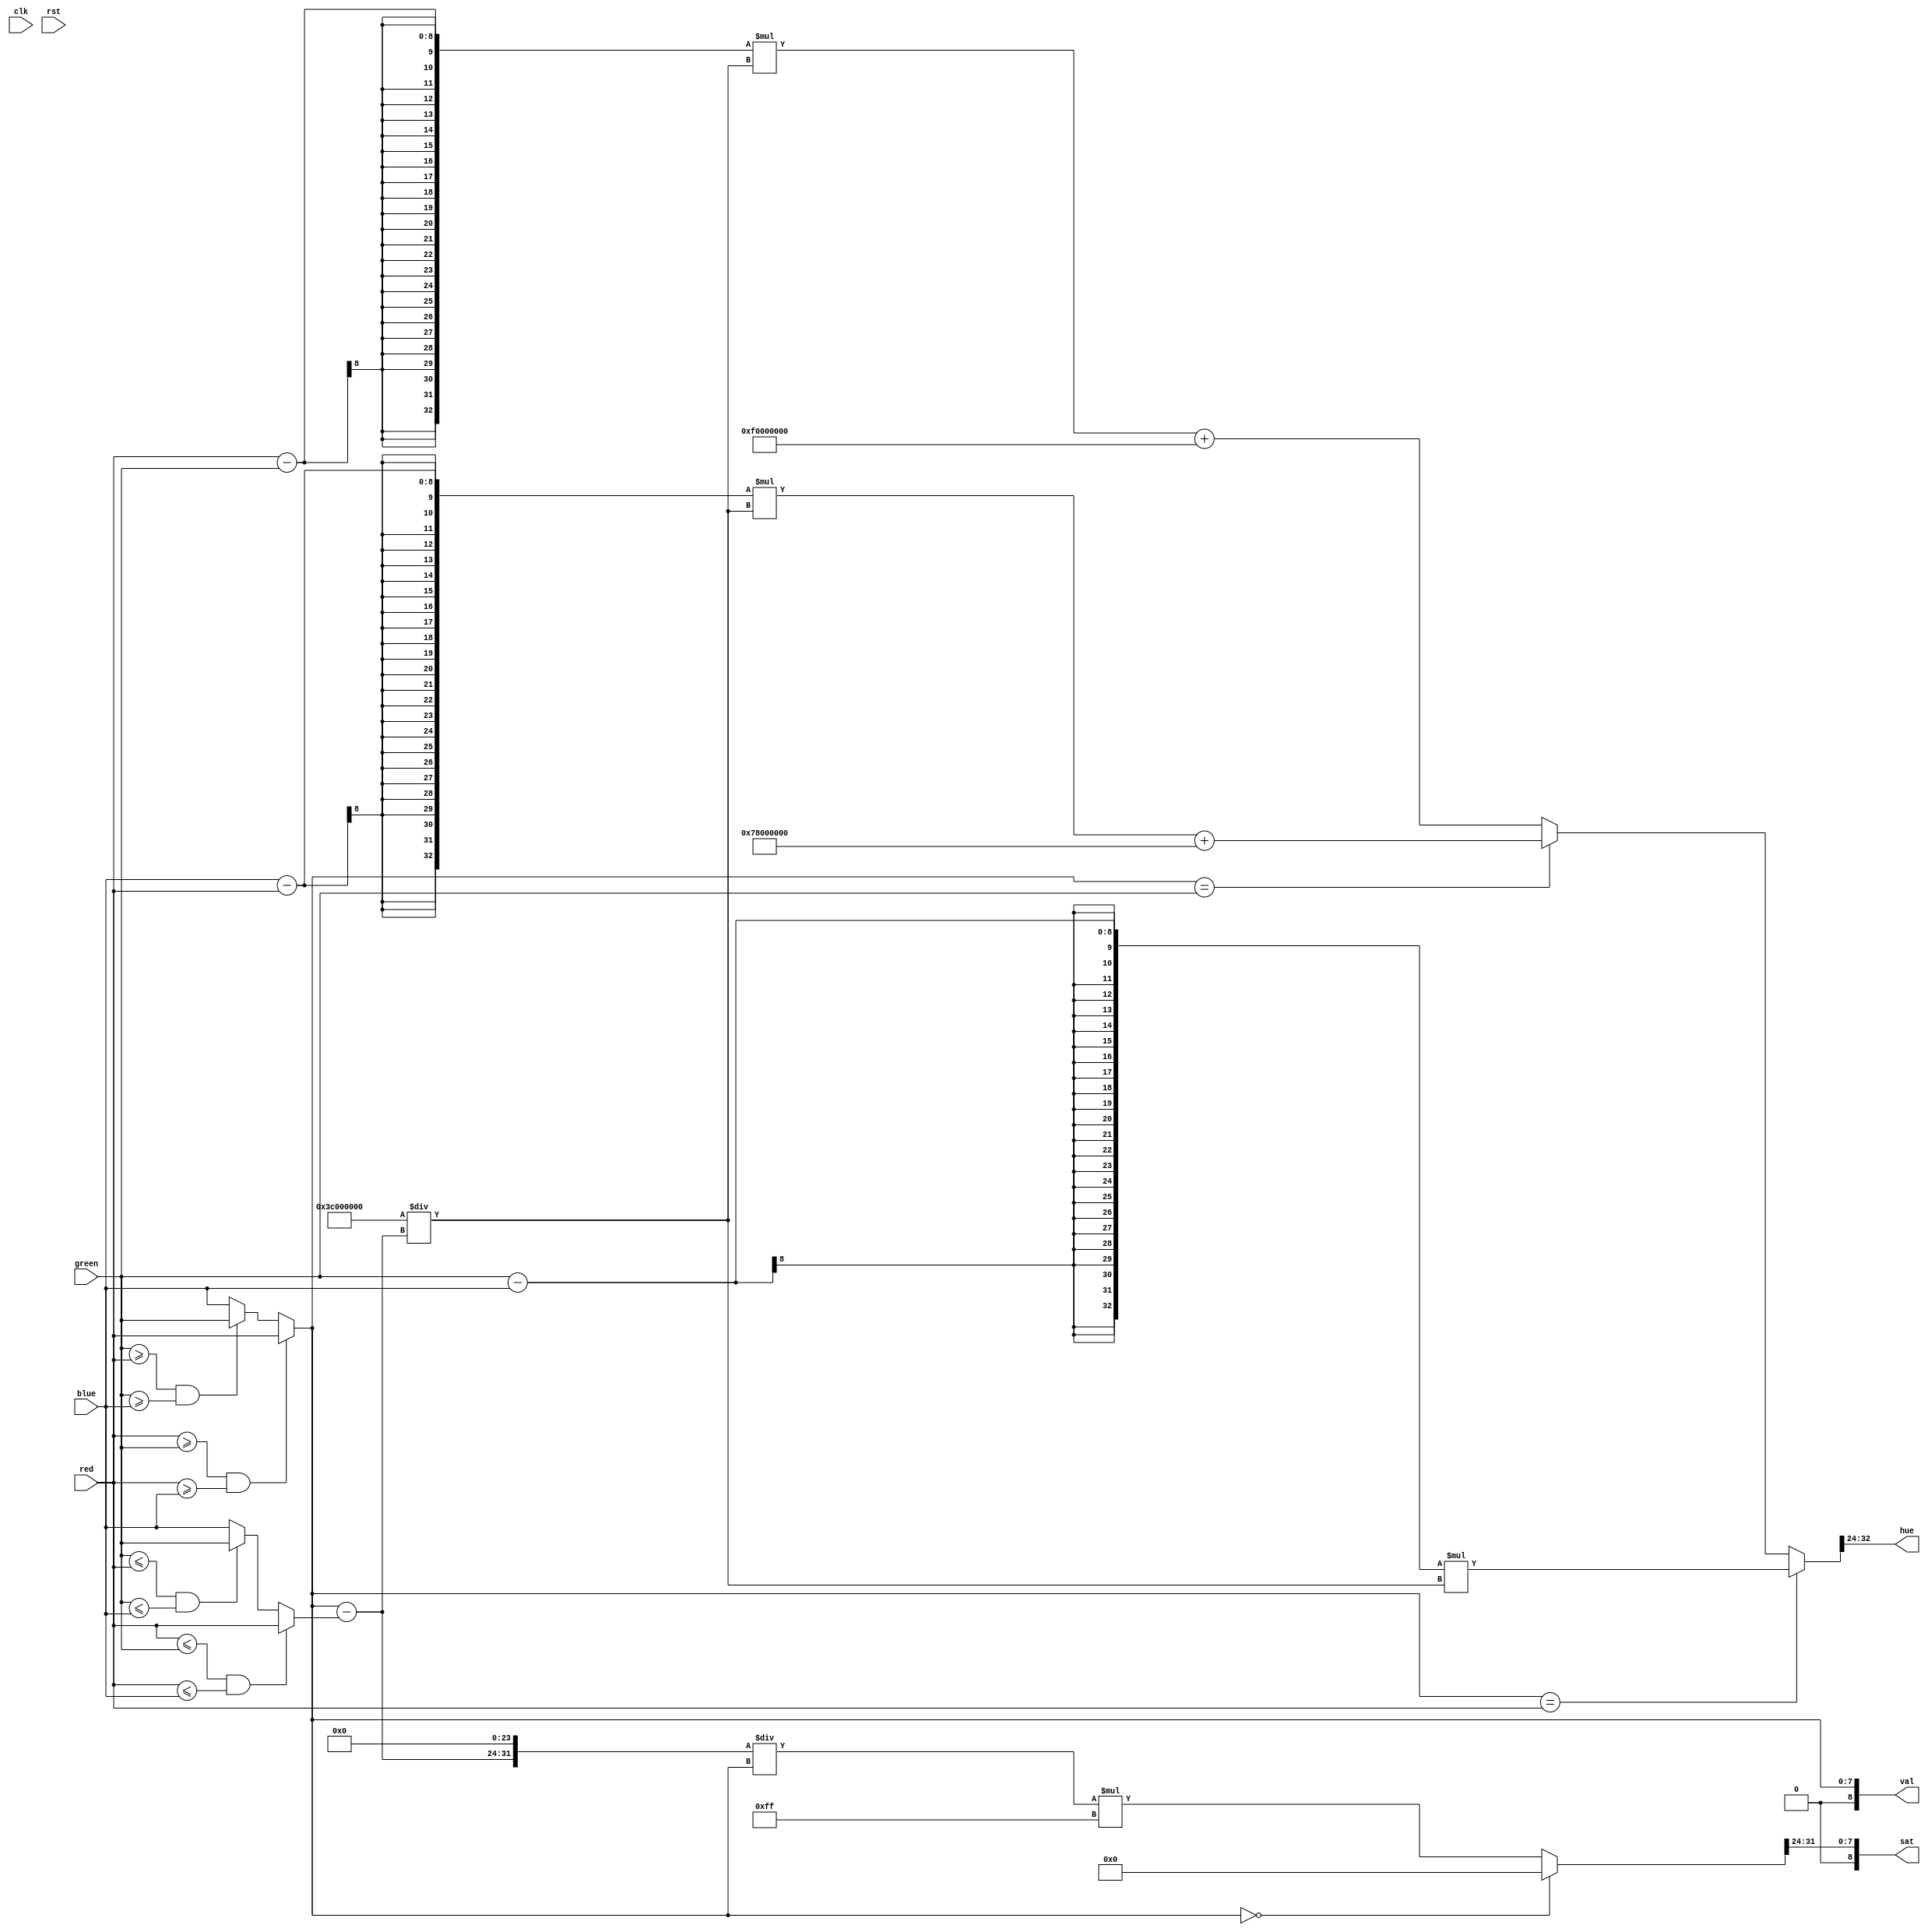
module  rgb2hsv(
	input                         clk,rst,	
	input  [7:0]                  red,green,blue,	
	output [8:0] 			      hue,sat,val//  hue 0 - 360	
);

wire [7:0]  max,min,diff;
wire [32:0] hue_f, sat_f, diff_f;
//find max and min

assign max = (red >= green)&&(red >= blue) ? red :
             (green >= red)&&(green >= blue) ? green :blue;
assign min = (red <= green)&&(red <= blue) ? red :
             (green <= red)&&(green <= blue) ? green :blue;    

//v
assign val = max;

//diff

assign diff = max - min;
assign diff_f = {diff,24'b0};

//s
assign sat_f = (max == 0) ? 0 : (diff_f/max)*8'hff; 
assign sat = sat_f[31:24];

//h
parameter degree = {8'b111100,24'b0};//degree of 60 in fixed point
assign hue_f =  (max == red)   ? (green - blue)*(degree/diff):
                (max == green) ? ((blue - red)*(degree/diff)+2*degree):
                                 ((red - green)*(degree/diff)+4*degree);

assign hue = hue_f[32:24];

endmodule